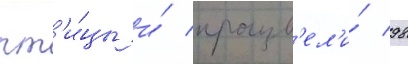
пт'и́цы и́ произв'ел'и́ 98